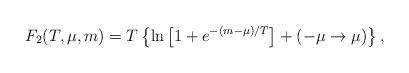
LaTeX: \begin{align*}F_2(T,\mu,m)= T\left\{\ln \left[1+e^{-(m-\mu)/T}\right]+ (-\mu\to \mu)\right\},\end{align*}